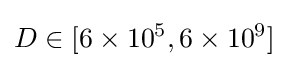
D\in [6\times 10^{5},6\times 10^{9}]